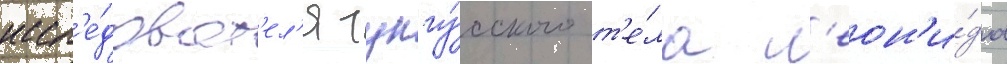
иссл'е́доват'ел'я тунгу́сского т'е́ла л'еон'и́да